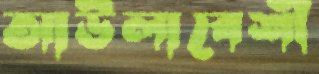
আউলাবেশী